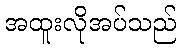
အထူးလိုအပ်သည်